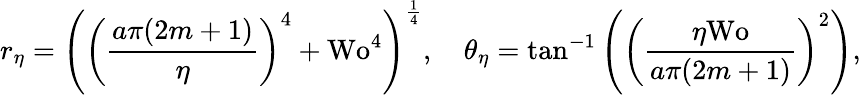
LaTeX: r_{\eta}=\left(\left(\frac{a\pi(2m+1)}{\eta}\right)^{4}+\textrm{Wo}^{4}\right)^{\frac{1}{4}},\quad\theta_{\eta}=\tan^{-1}\left(\left(\frac{\eta\textrm{Wo}}{a\pi(2m+1)}\right)^{2}\right),